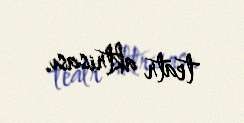
teatr aktrisası.